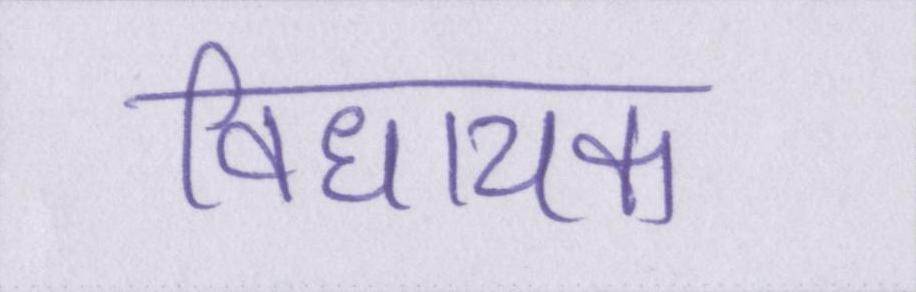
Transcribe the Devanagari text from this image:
विधायक